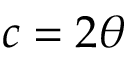
c = 2 \theta